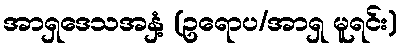
အာရှဒေသအနှံ့ (ဥရောပ/အာရှ မူရင်း)